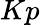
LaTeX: Kp